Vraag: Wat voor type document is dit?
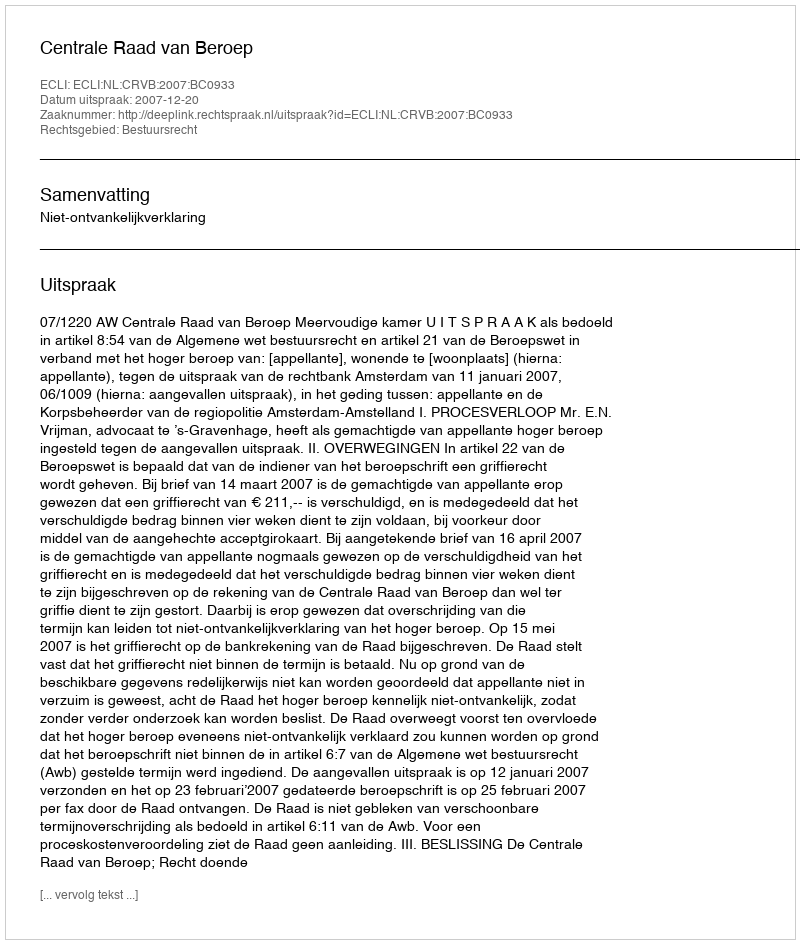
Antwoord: Uitspraak